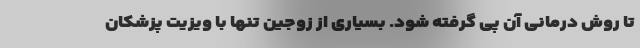
تا روش درمانی آن پی گرفته شود. بسیاری از زوجین تنها با ویزیت پزشکان